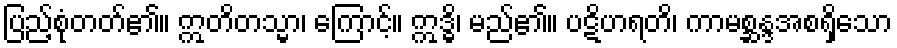
ပြည့်စုံတတ်၏။ ဣတိတသ္မာ၊ ကြောင့်။ ဣဒ္ဓိ၊ မည်၏။ ပဋိဟရတိ၊ ကာမစ္ဆန္ဒအစရှိသော